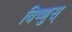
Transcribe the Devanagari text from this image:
विष्णुस्